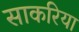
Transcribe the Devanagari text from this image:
साकरिया